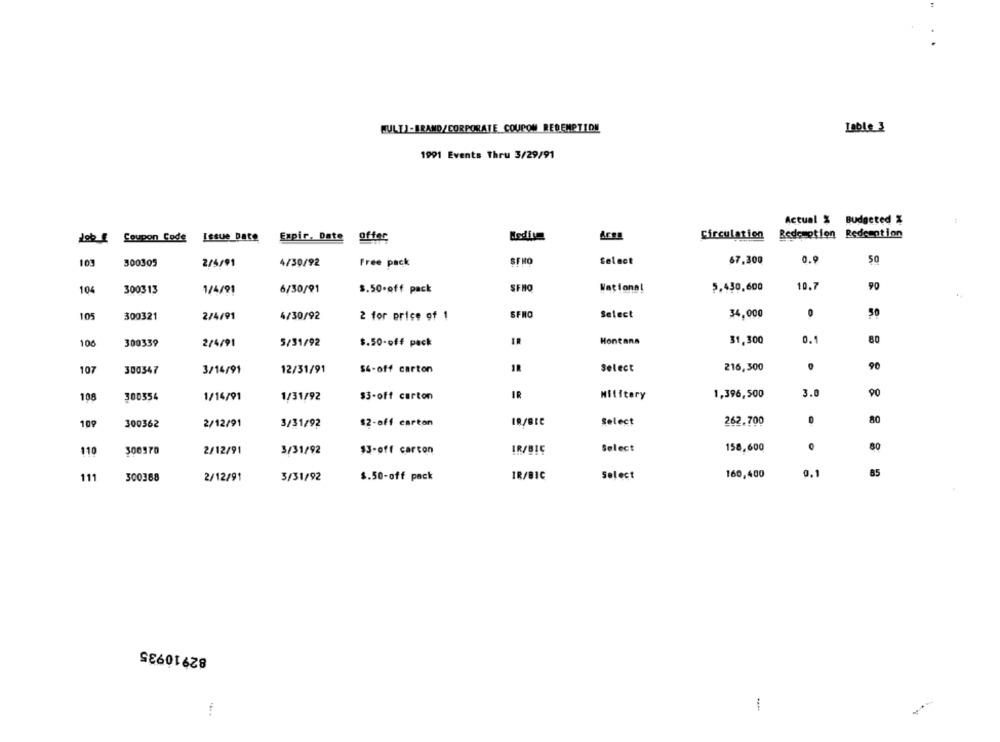
MULTI-BRAND/CORPORATE COUPON REDEMPTION
Leble 3
1991 Events Thru 3/29/91
Actual % Budgeted %
Job # Coupon Code
Issue Date
Medivm
Area
Circulation
Redemption Redemption
Expir, Date offer
Select
67.300
0.9
50
109
300305
2/5/91
4/30/92
Free pack
SFMO
104
$.50-off pack
SFMO
Wationa!
5.430,600
10.7
90
300313
1/4/91
6/30/91
105
300321
2/4/91
4/30/92
2 for price of 1
SFNO
Select
34,000
0
50
5/31/92
Montana
31,300
0.1
80
106
300339
2/4/91
$.50-off pack
107
300347
3/14/91
12/31/91
$4-off carton
Select
216,300
90
IR
1,396,500
3.0
90
108
300554
1/14/91
1/31/92
$3-off carton
Military
109
300362
2/12/91
3/31/92
$2-off carton
IR/BEC
Select
262.700
80
80
110
300970
2/12/91
3/31/92
$3-off carcon
IR/BIC
Select
158,600
Select
160,400
0.1
85
111
300388
2/12/91
3/31/92
$.50-off pack
IR/BIC
82910935